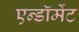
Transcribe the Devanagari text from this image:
एन्‍डॉमेंट